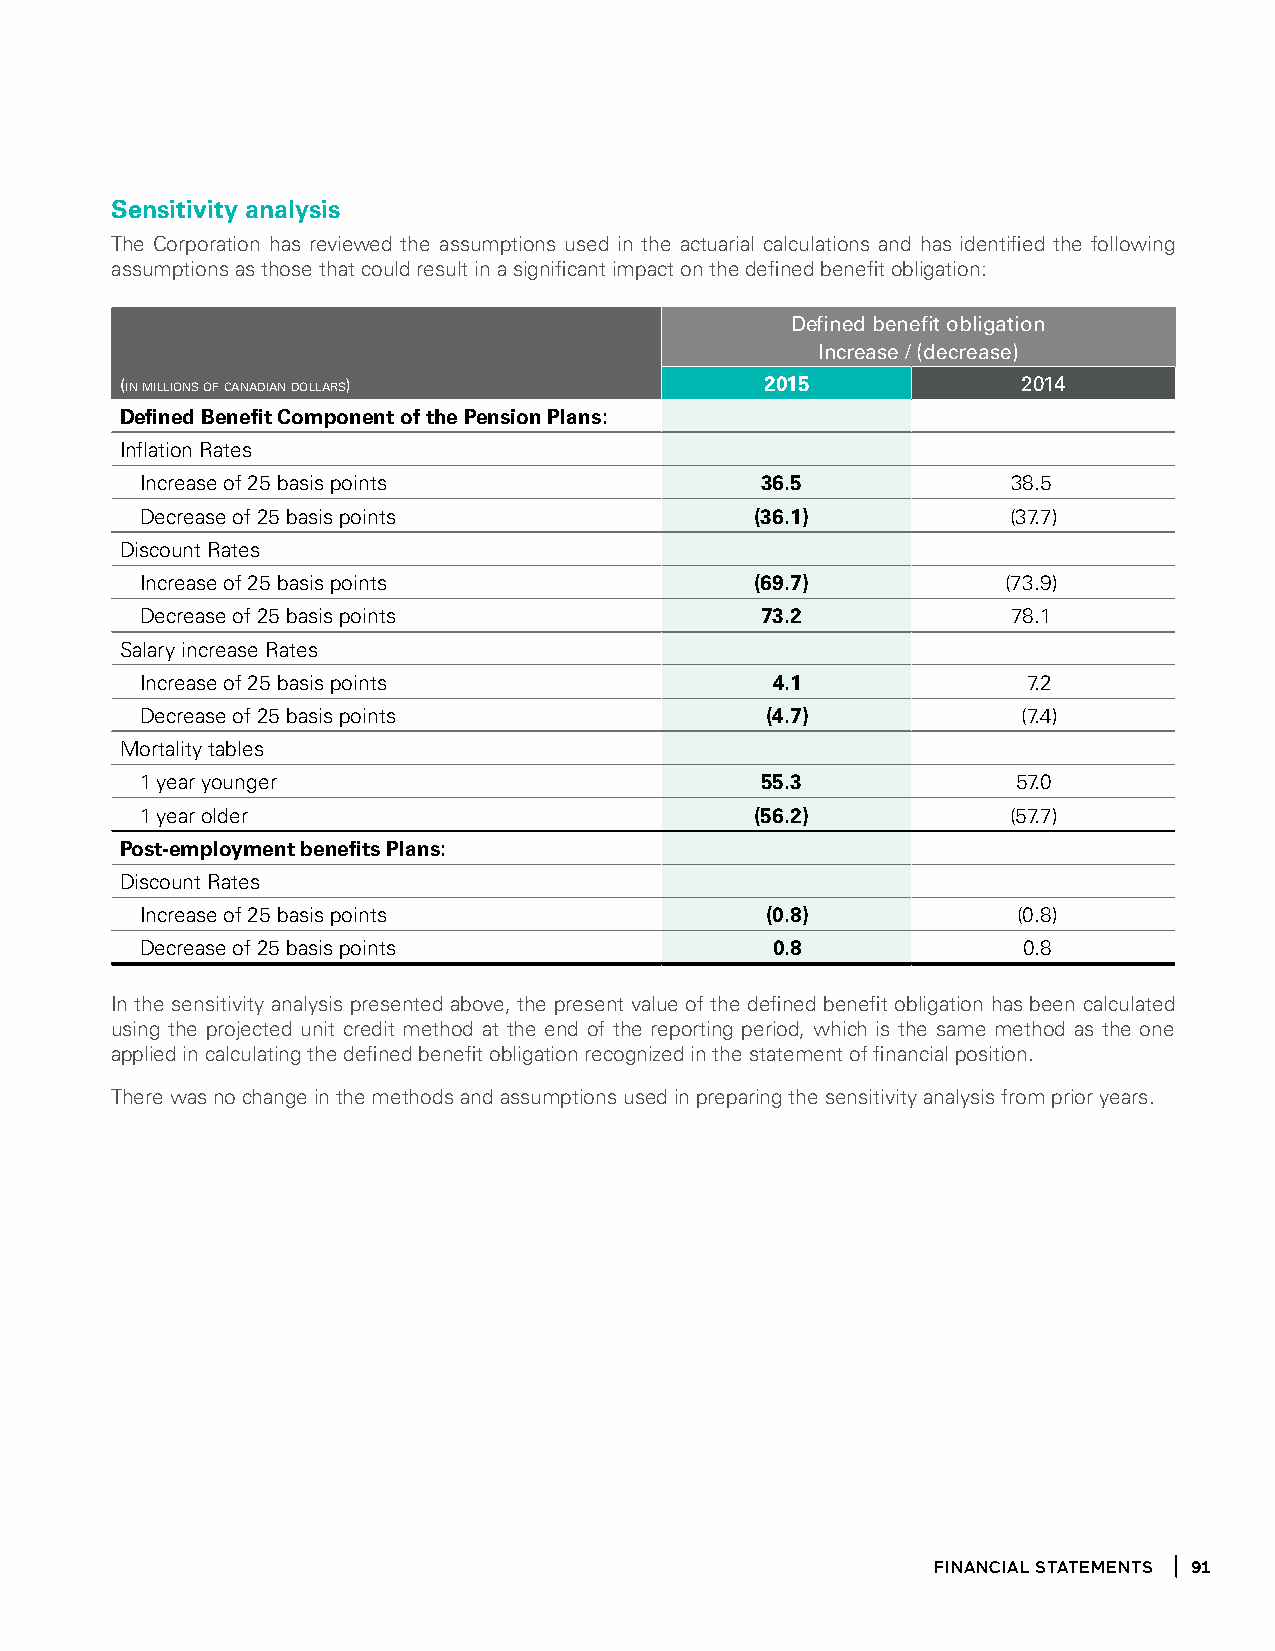
Sensitivity analysis
 The Corporation has reviewed the assumptions used in the actuarial calculations and has identified the following
 assumptions as those that could result in a significant impact on the defined benefit obligation:
 defined benefit obligation
 increase / (decrease)
 (in millions of canadian dollars)          2015             2014
 Defined Benefit Component of the Pension Plans:
 Inflation Rates
 Increase of 25 basis points              36.5             38.5
 Decrease of 25 basis points              (36.1)           (37.7)
 Discount Rates
 Increase of 25 basis points              (69.7)           (73.9)
 Decrease of 25 basis points              73.2             78.1
 Salary increase Rates
 Increase of 25 basis points               4.1              7.2
 Decrease of 25 basis points               (4.7)            (7.4)
 Mortality tables
 1 year younger                           55.3             57.0
 1 year older                             (56.2)           (57.7)
 Post-employment benefits Plans:
 Discount Rates
 Increase of 25 basis points               (0.8)           (0.8)
 Decrease of 25 basis points               0.8              0.8
 In the sensitivity analysis presented above, the present value of the defined benefit obligation has been calculated
 using the projected unit credit method at the end of the reporting period, which is the same method as the one
 applied in calculating the defined benefit obligation recognized in the statement of financial position.
 There was no change in the methods and assumptions used in preparing the sensitivity analysis from prior years.
 financial statements 91